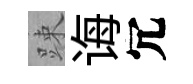
踈诲冗